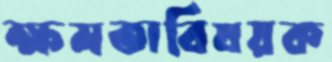
ক্ষমতাবিষয়ক